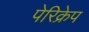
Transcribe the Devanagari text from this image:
पेरिक्रेप